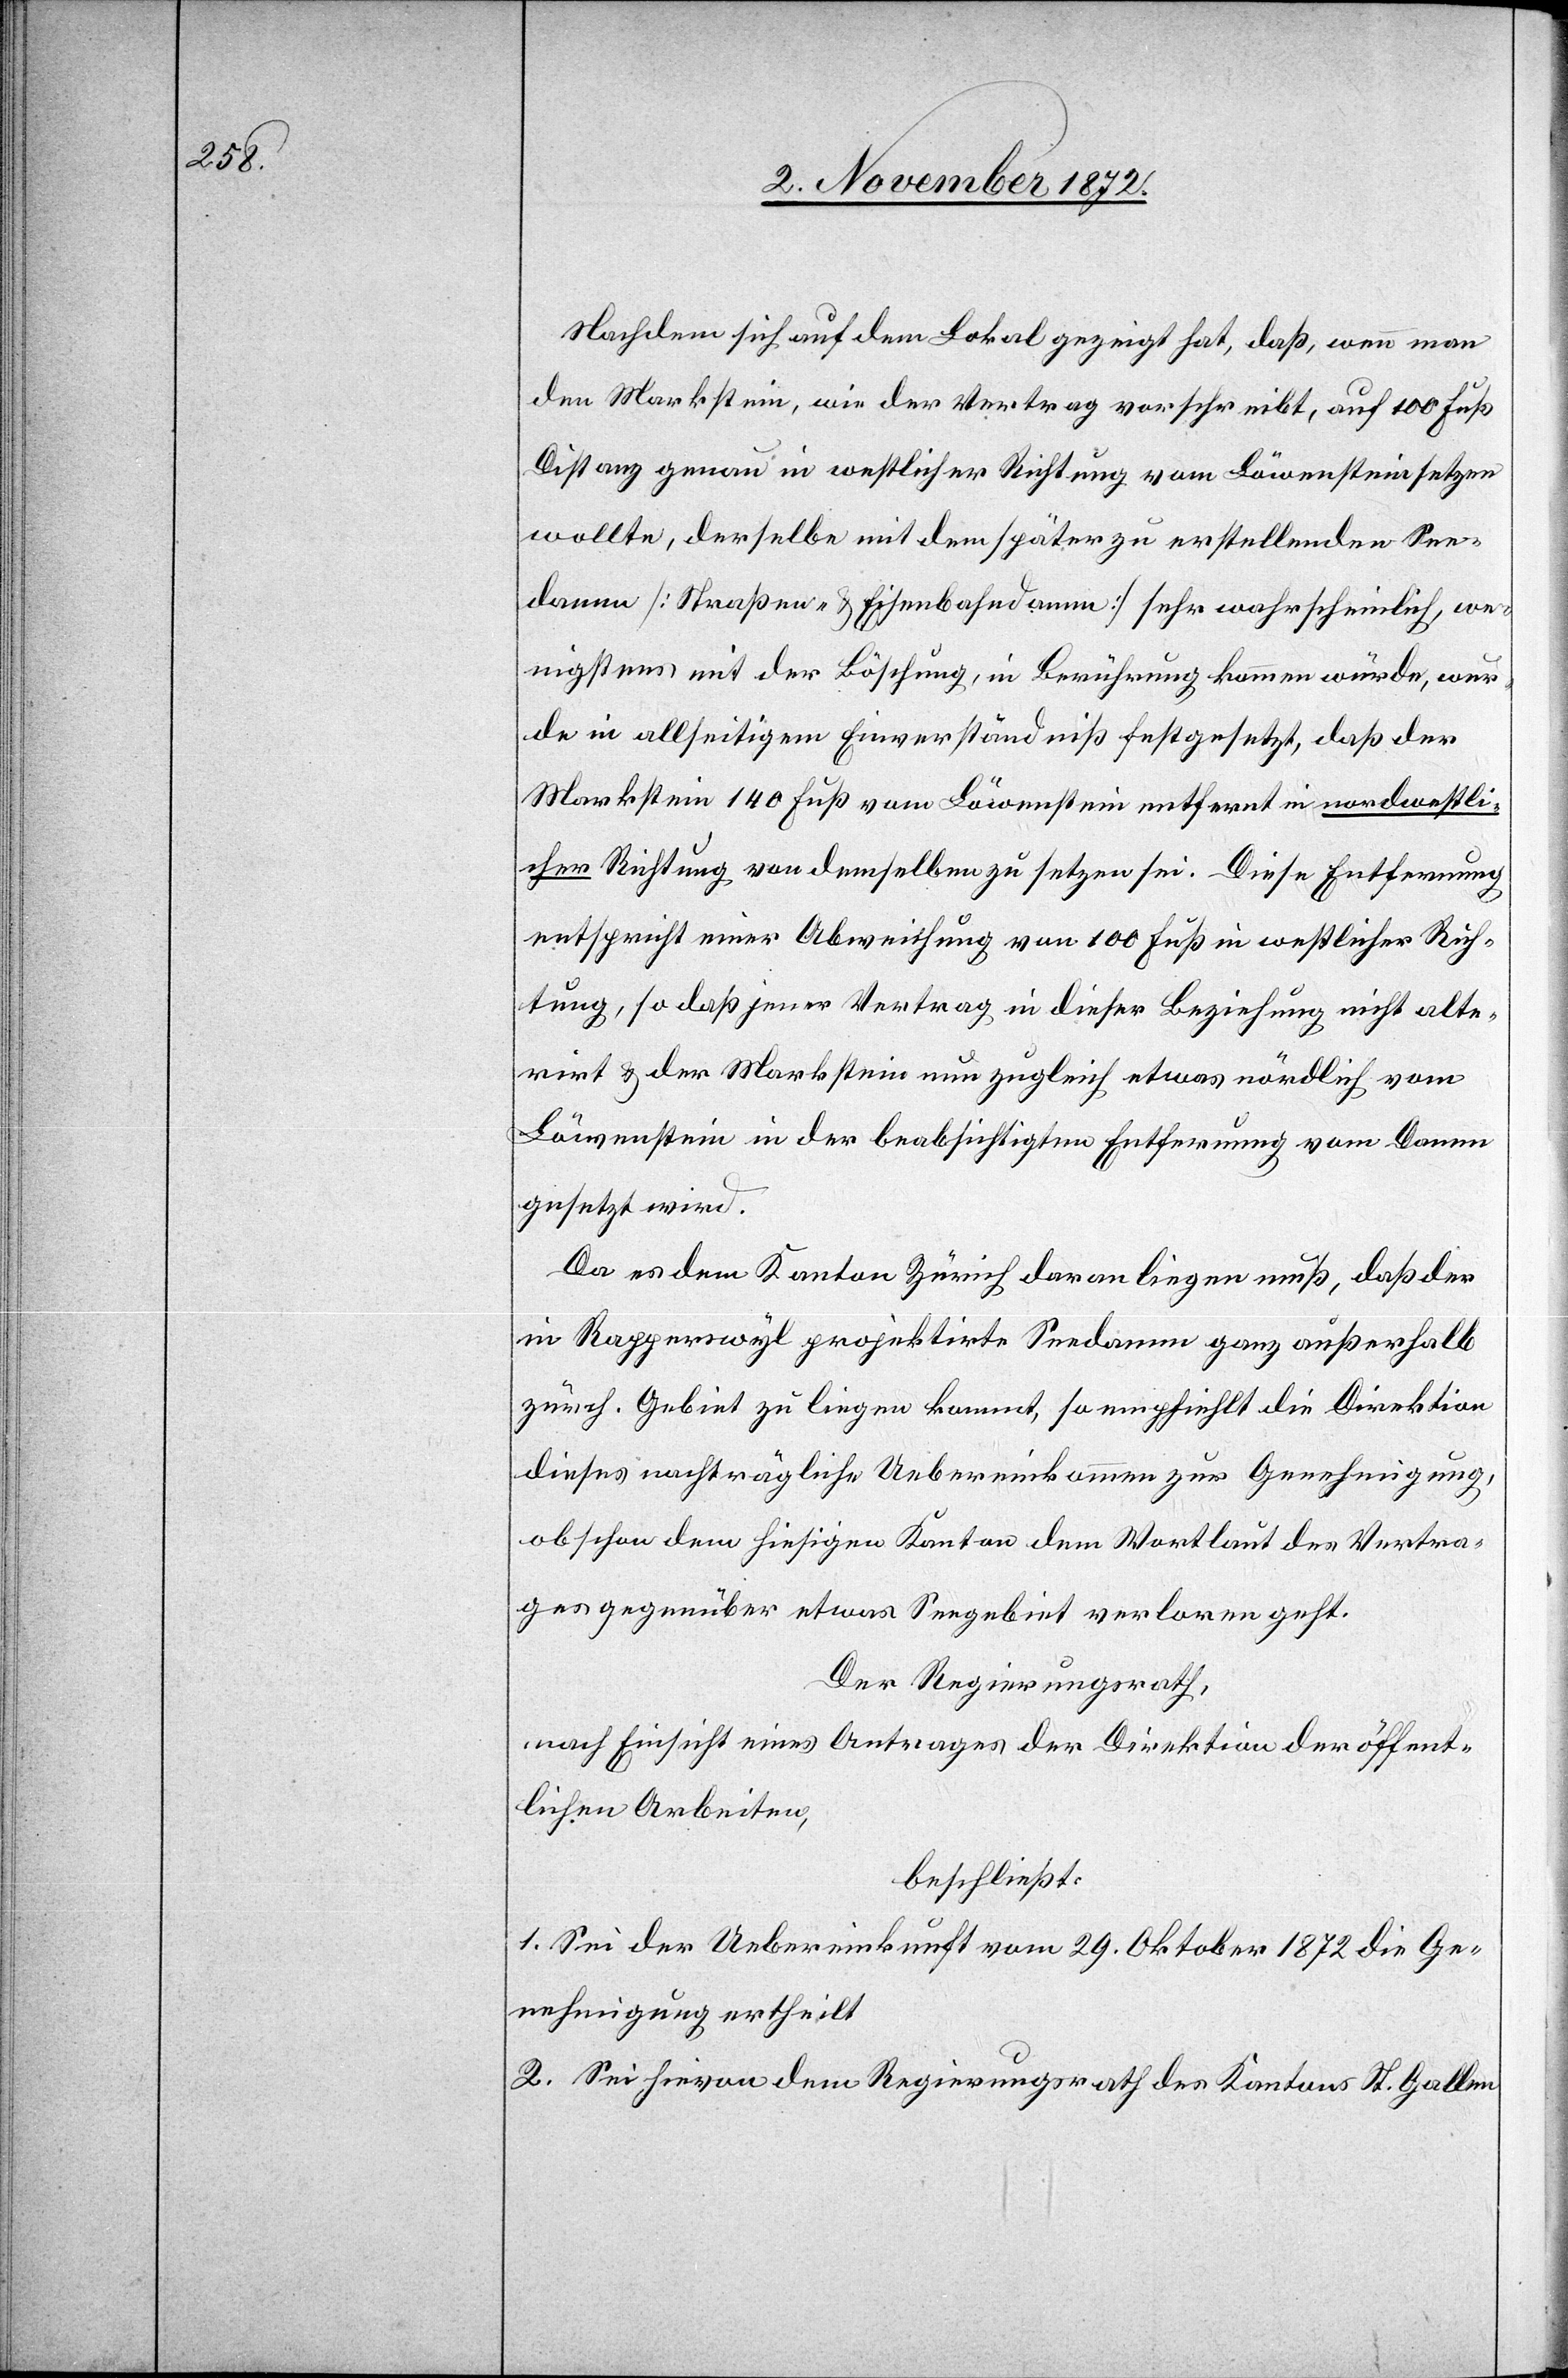
Nachdem sich auf dem Lokal gezeigt hat, daß, wenn man
den Markstein, wie der Vertrag vorschreibt, auf 100 Fuß
Distanz genau in westlicher Richtung vom Löwenstein setzen
wollte, derselbe mit dem später zu erstellenden See¬
damm [Straßen- u. Eisenbahndamm] sehr wahrscheinlich, we¬
nigstens mit der Böschung, in Berührung kommen würde, wur¬
de in allseitigem Einverständniß festgesetzt, daß der
Markstein 140 Fuß vom Löwenstein entfernt in nordwestli¬
cher Richtung von demselben zu setzen sei. Diese Entfernung
entspricht einer Abweichung von 100 Fuß in westlicher Rich¬
tung, so daß jener Vertrag in dieser Beziehung nicht alte¬
rirt u. der Markstein nun zugleich etwas nördlich vom
Löwenstein in der beabsichtigten Entfernung vom Damm
gesetzt wird.
Da es dem Kanton Zürich daran liegen muß, daß der
in Rapperswyl projektirte Seedamm ganz außerhalb
zürch. Gebiet zu liegen kommt, so empfiehlt die Direktion
dieses nachträgliche Uebereinkommen zur Genehmigung,
obschon dem hiesigen Kanton dem Wortlaut des Vertra¬
ges gegenüber etwas Seegebiet verloren geht.
Der Regierungsrath,
nach Einsicht eines Antrages der Direktion der öffent¬
lichen Arbeiten,
beschließt:
1. Sei der Uebereinkunft vom 29. Oktober 1872 die Ge¬
nehmigung ertheilt.
2. Sei hievon dem Regierungsrath des Kantons St. Gallen